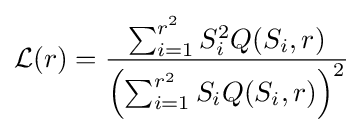
{\mathcal {L}}(r)={\frac {\sum _{i=1}^{r^{2}}S_{i}^{2}Q(S_{i},r)}{\left(\sum _{i=1}^{r^{2}}S_{i}Q(S_{i},r)\right)^{2}}}